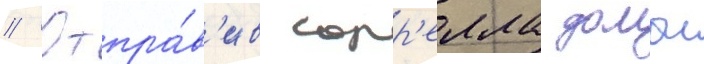
// Отпра́в'ив сорр'елла домои